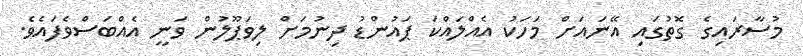
މުސާރައިގެ ގޮތުގައި އޭނައަށް މަހަކު އެއްލައްކަ ޕައުންޑު ދިނުމަށް ލިވަޕޫލުން ވަނީ އެއްބަސްވެފައެވެ.